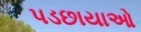
પડછાયાઓ